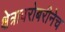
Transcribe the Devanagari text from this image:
क्षेत्राबरोबरीनेच